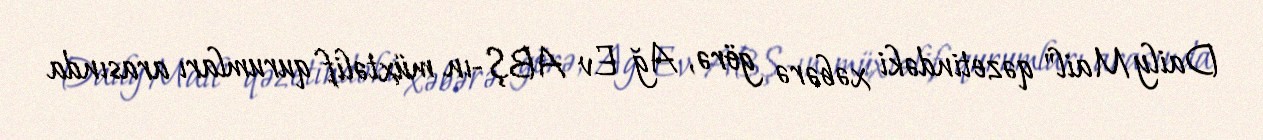
Daily Mail" qəzetindəki xəbərə görə, Ağ Ev ABŞ-ın müxtəlif qurumları arasında